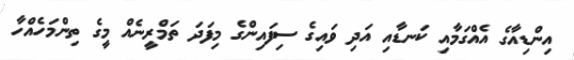
އިންޑިއާގެ އެއްގަމާއި ކަނޑާއި އަދި ވައިގެ ސިފައިންގެ މިފަދަ ތަމްރީނެއް މީގެ ތިންމަހެއްހާ